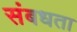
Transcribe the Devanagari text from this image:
संबधता